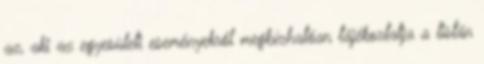
az, aki az egyesületi eseményekről megbízhatóan tájékoztatja a listán